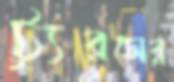
ট্যুরসের